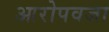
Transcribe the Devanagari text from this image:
आरोपवजा